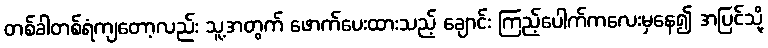
တစ်ခါတစ်ရံကျတော့လည်း သူ့အတွက် ဖောက်ပေးထားသည့် ချောင်း ကြည့်ပေါက်ကလေးမှနေ၍ အပြင်သို့